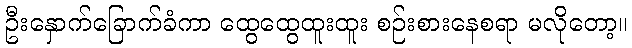
ဦးနှောက်ခြောက်ခံကာ ထွေထွေထူးထူး စဉ်းစားနေစရာ မလိုတော့။